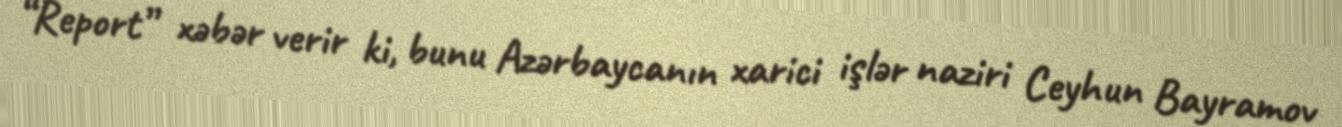
“Report” xəbər verir ki, bunu Azərbaycanın xarici işlər naziri Ceyhun Bayramov